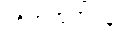
တိုက်ထုတ်ရန်